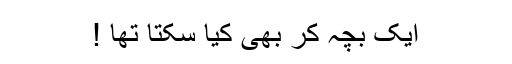
ایک بچہ کر بھی کیا سکتا تھا !